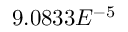
9 . 0 8 3 3 E ^ { - 5 }